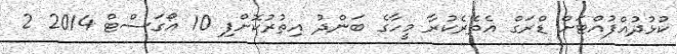
ކުޅުދުއްފުއްޓަށް ޑްރަގް އެތެރެކުރާ މީހާގެ ބަންދު އިތުރުކޮށްފި 10 އޯގަސްޓް 2014 2